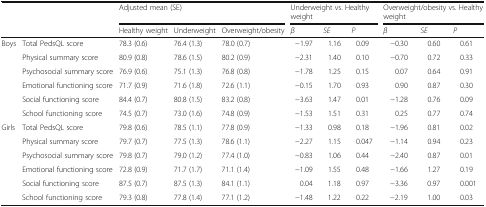
<table><thead><tr><td rowspan="2" colspan="2"></td><td colspan="3"><b>Adjusted mean (SE)</b></td><td colspan="3"><b>Underweight vs. Healthy weight</b></td><td colspan="3"><b>Overweight/obesity vs. Healthy weight</b></td></tr><tr><td><b>Healthy weight</b></td><td><b>Underweight</b></td><td><b>Overweight/obesity</b></td><td><b><i>β</i></b></td><td><b><i>SE</i></b></td><td><b><i>P</i></b></td><td><b><i>β</i></b></td><td><b><i>SE</i></b></td><td><b><i>P</i></b></td></tr></thead><tbody><tr><td rowspan="6">Boys</td><td>Total PedsQL score</td><td>78.3 (0.6)</td><td>76.4 (1.3)</td><td>78.0 (0.7)</td><td>−1.97</td><td>1.16</td><td>0.09</td><td>−0.30</td><td>0.60</td><td>0.61</td></tr><tr><td>Physical summary score</td><td>80.9 (0.8)</td><td>78.6 (1.5)</td><td>80.2 (0.9)</td><td>−2.31</td><td>1.40</td><td>0.10</td><td>−0.70</td><td>0.72</td><td>0.33</td></tr><tr><td>Psychosocial summary score</td><td>76.9 (0.6)</td><td>75.1 (1.3)</td><td>76.8 (0.8)</td><td>−1.78</td><td>1.25</td><td>0.15</td><td>0.07</td><td>0.64</td><td>0.91</td></tr><tr><td>Emotional functioning score</td><td>71.7 (0.9)</td><td>71.6 (1.8)</td><td>72.6 (1.1)</td><td>−0.15</td><td>1.70</td><td>0.93</td><td>0.90</td><td>0.87</td><td>0.30</td></tr><tr><td>Social functioning score</td><td>84.4 (0.7)</td><td>80.8 (1.5)</td><td>83.2 (0.8)</td><td>−3.63</td><td>1.47</td><td>0.01</td><td>−1.28</td><td>0.76</td><td>0.09</td></tr><tr><td>School functioning score</td><td>74.5 (0.7)</td><td>73.0 (1.6)</td><td>74.8 (0.9)</td><td>−1.53</td><td>1.51</td><td>0.31</td><td>0.25</td><td>0.77</td><td>0.74</td></tr><tr><td rowspan="6">Girls</td><td>Total PedsQL score</td><td>79.8 (0.6)</td><td>78.5 (1.1)</td><td>77.8 (0.9)</td><td>−1.33</td><td>0.98</td><td>0.18</td><td>−1.96</td><td>0.81</td><td>0.02</td></tr><tr><td>Physical summary score</td><td>79.7 (0.7)</td><td>77.5 (1.3)</td><td>78.6 (1.1)</td><td>−2.27</td><td>1.15</td><td>0.047</td><td>−1.14</td><td>0.94</td><td>0.23</td></tr><tr><td>Psychosocial summary score</td><td>79.8 (0.7)</td><td>79.0 (1.2)</td><td>77.4 (1.0)</td><td>−0.83</td><td>1.06</td><td>0.44</td><td>−2.40</td><td>0.87</td><td>0.01</td></tr><tr><td>Emotional functioning score</td><td>72.8 (0.9)</td><td>71.7 (1.7)</td><td>71.1 (1.4)</td><td>−1.09</td><td>1.55</td><td>0.48</td><td>−1.66</td><td>1.27</td><td>0.19</td></tr><tr><td>Social functioning score</td><td>87.5 (0.7)</td><td>87.5 (1.3)</td><td>84.1 (1.1)</td><td>0.04</td><td>1.18</td><td>0.97</td><td>−3.36</td><td>0.97</td><td>0.001</td></tr><tr><td>School functioning score</td><td>79.3 (0.8)</td><td>77.8 (1.4)</td><td>77.1 (1.2)</td><td>−1.48</td><td>1.22</td><td>0.22</td><td>−2.19</td><td>1.00</td><td>0.03</td></tr></tbody></table>